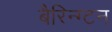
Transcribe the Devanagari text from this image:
बैरिन्ग्टन